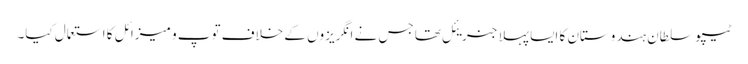
ٹیپو سلطان ہندوستان کا ایسا پہلا جنریئل تھا جس نے انگریزوں کے خلاف توپ و میزائل کا استعمال کیا۔